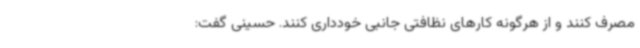
مصرف کنند و از هرگونه کارهای نظافتی جانبی خودداری کنند. حسینی گفت: